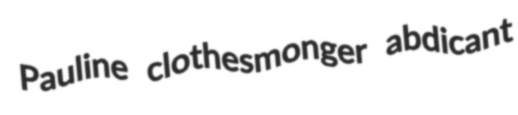
Pauline clothesmonger abdicant